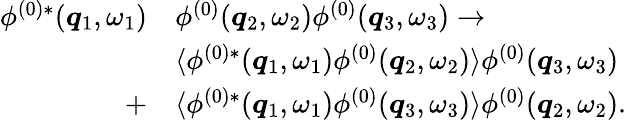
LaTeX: \begin{array}{rl}{\phi^{(0)*}({\boldsymbol{q}}_{1},\omega_{1})}&{\phi^{(0)}({\boldsymbol{q}}_{2},\omega_{2})\phi^{(0)}({\boldsymbol{q}}_{3},\omega_{3})\to}\\ &{\langle\phi^{(0)*}({\boldsymbol{q}}_{1},\omega_{1})\phi^{(0)}({\boldsymbol{q}}_{2},\omega_{2})\rangle\phi^{(0)}({\boldsymbol{q}}_{3},\omega_{3})}\\ {+}&{\langle\phi^{(0)*}({\boldsymbol{q}}_{1},\omega_{1})\phi^{(0)}({\boldsymbol{q}}_{3},\omega_{3})\rangle\phi^{(0)}({\boldsymbol{q}}_{2},\omega_{2}).}\end{array}